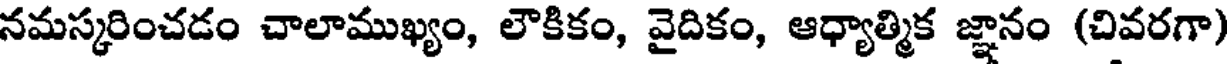
నమస్కరించడం చాలాముఖ్యం, లౌకికం, వైదికం, ఆధ్యాత్మిక జ్ఞానం (చివరగా)